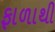
ફાળાથી